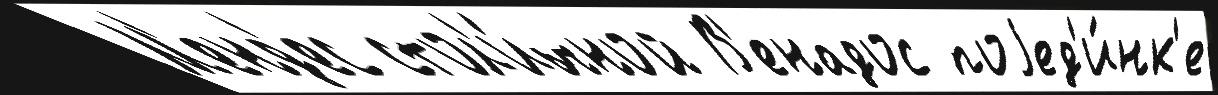
М'енд'ес стол'и́чной В'енадос поjед'и́нк'е